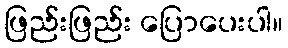
ဖြည်းဖြည်း ပြောပေးပါ။